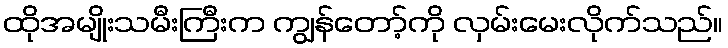
ထိုအမျိုးသမီးကြီးက ကျွန်တော့်ကို လှမ်းမေးလိုက်သည်။